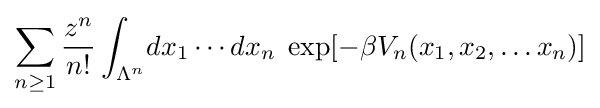
\sum _{n\geq 1}{\frac {z^{n}}{n!}}\int _{\Lambda ^{n}}\!dx_{1}\cdots dx_{n}\;\exp[-\beta V_{n}(x_{1},x_{2},\ldots x_{n})]